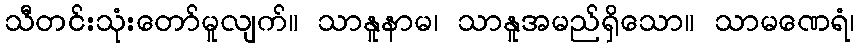
သီတင်းသုံးတော်မူလျက်။ သာနူနာမ၊ သာနူအမည်ရှိသော။ သာမဏေရံ၊